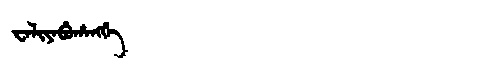
Manchu: ᠸᠠᠯᡳᠶᠠᠪᡠᡥᠠᠩᡤᡝ
Romanization: WALIYABUHANGGE